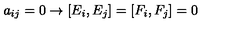
a _ { i j } = 0 \rightarrow [ E _ { i } , E _ { j } ] = [ F _ { i } , F _ { j } ] = 0